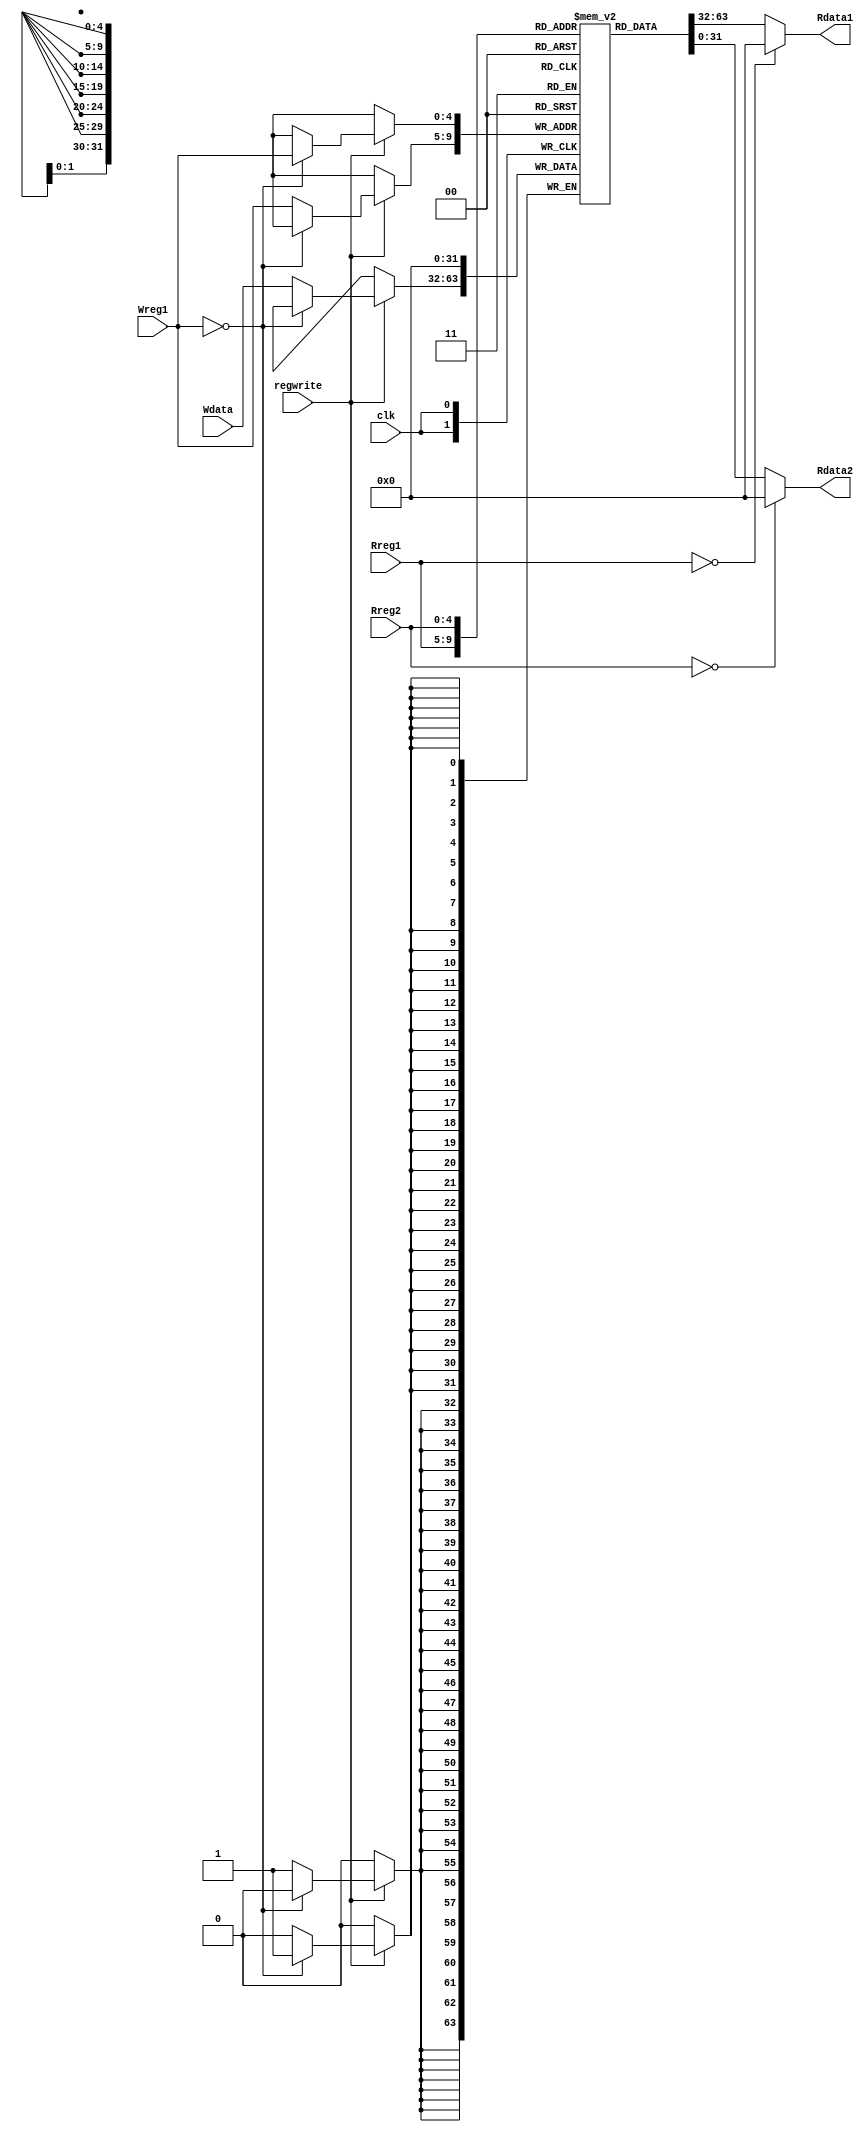
`timescale 1ns / 1ns
//////////////////////////////////////////////////////////////////////////////////
// Company: 
// Engineer: 
// 
// Design Name: 
// Module Name: gr
// Project Name: 
// Target Devices: 
// Tool Versions: 
// Description: 
// 
// Dependencies: 
// 
// Revision:
// Revision 0.01 - File Created
// Additional Comments:
// 
//////////////////////////////////////////////////////////////////////////////////


module gr(input [4:0]Rreg1, input [4:0]Rreg2, input [4:0]Wreg1, 
        input [31:0]Wdata, input clk, input regwrite, output [31:0]Rdata1, output [31:0]Rdata2);
    reg [31:0] registers [31:0];
    integer i;
    assign Rdata1 = (Rreg1 == 0)?0:registers[Rreg1];
    assign Rdata2 = (Rreg2 == 0)?0:registers[Rreg2];
    always@(negedge clk)
    begin
        if(regwrite)
        begin
            if(Wreg1==0)
            begin
                registers[Wreg1] <= 0;
            end
            else
            begin
                registers[Wreg1] <= Wdata;
            end
        end
    end
    initial
    begin
        for(i=0; i<32; i=i+1)
        begin
            registers[i] = 0;
        end
    end
endmodule